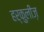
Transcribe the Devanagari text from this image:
हर्कुलीज़